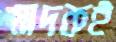
মাদকই